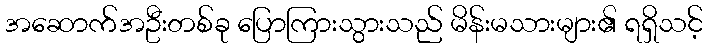
အဆောက်အဦးတစ်ခု ပြောကြားသွားသည် မိန်းမသားများ၏ ရရှိသင့်